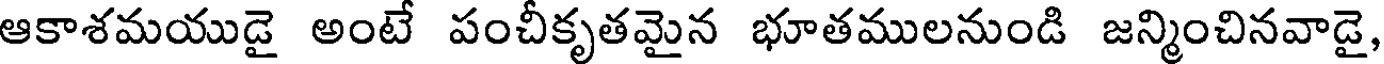
ఆకాశమయుడై అంటే పంచీకృతమైన భూతములనుండి జన్మించినవాడై,